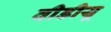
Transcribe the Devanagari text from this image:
वीडीयू